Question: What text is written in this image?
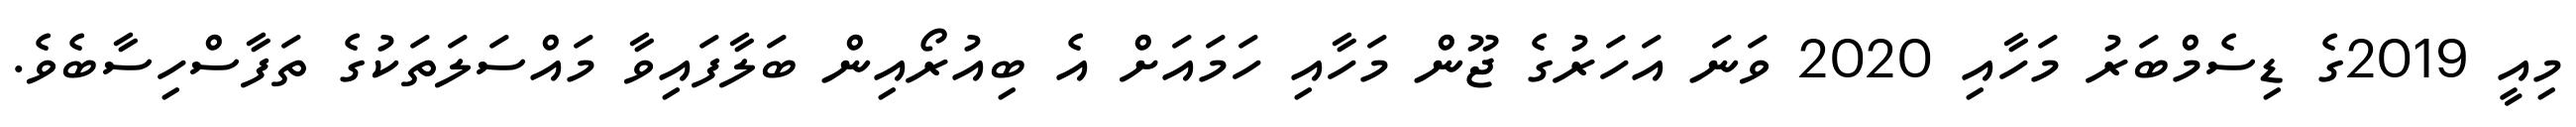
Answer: މިއީ 2019ގެ ޑިސެމްބަރު މަހާއި 2020 ވަނަ އަހަރުގެ ޖޫން މަހާއި ހަމައަށް އެ ބިއުރޯއިން ބަލާފައިވާ މައްސަލަތަކުގެ ތަފާސްހިސާބެވެ.